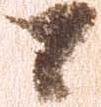
間